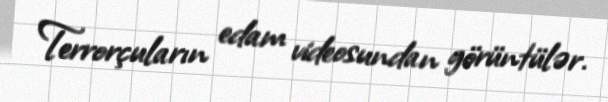
Terrorçuların edam videosundan görüntülər.